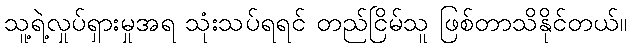
သူ့ရဲ့လှုပ်ရှားမှုအရ သုံးသပ်ရရင် တည်ငြိမ်သူ ဖြစ်တာသိနိုင်တယ်။